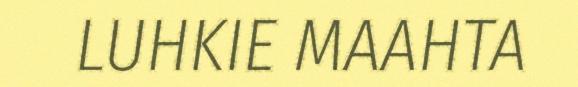
LUHKIE MAAHTA